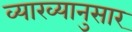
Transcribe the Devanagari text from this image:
व्याख्यानुसार